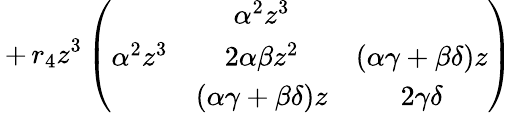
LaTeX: \, +\, r_{4}z^{3}\left(\begin{array}{ccc}{{}}&{{\alpha^{2}z^{3}}}&{{}}\\ {{\alpha^{2}z^{3}}}&{{2\alpha\beta z^{2}}}&{{(\alpha\gamma+\beta\delta)z}}\\ {{}}&{{(\alpha\gamma+\beta\delta)z}}&{{2\gamma\delta}}\end{array}\right)